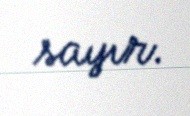
sayır.